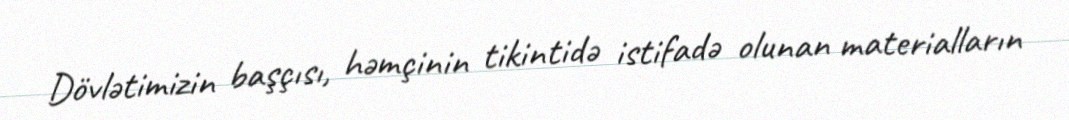
Dövlətimizin başçısı, həmçinin tikintidə istifadə olunan materialların